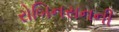
રોબિનસનની